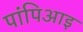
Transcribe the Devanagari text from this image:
पांपिआइ